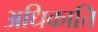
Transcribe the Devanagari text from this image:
अधिकाति